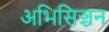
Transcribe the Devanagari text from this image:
अभिसिञ्चन